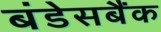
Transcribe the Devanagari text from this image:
बंडेसबैंक